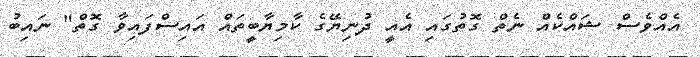
އެއްވެސް ޝައްކެއް ނެތް ގޮތުގައި އެއީ ދުނިޔޭގެ ކާމިޔާބީތައް އައިސްފައިވާ ގޮތް" ނައިބު